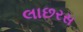
લાછરસ